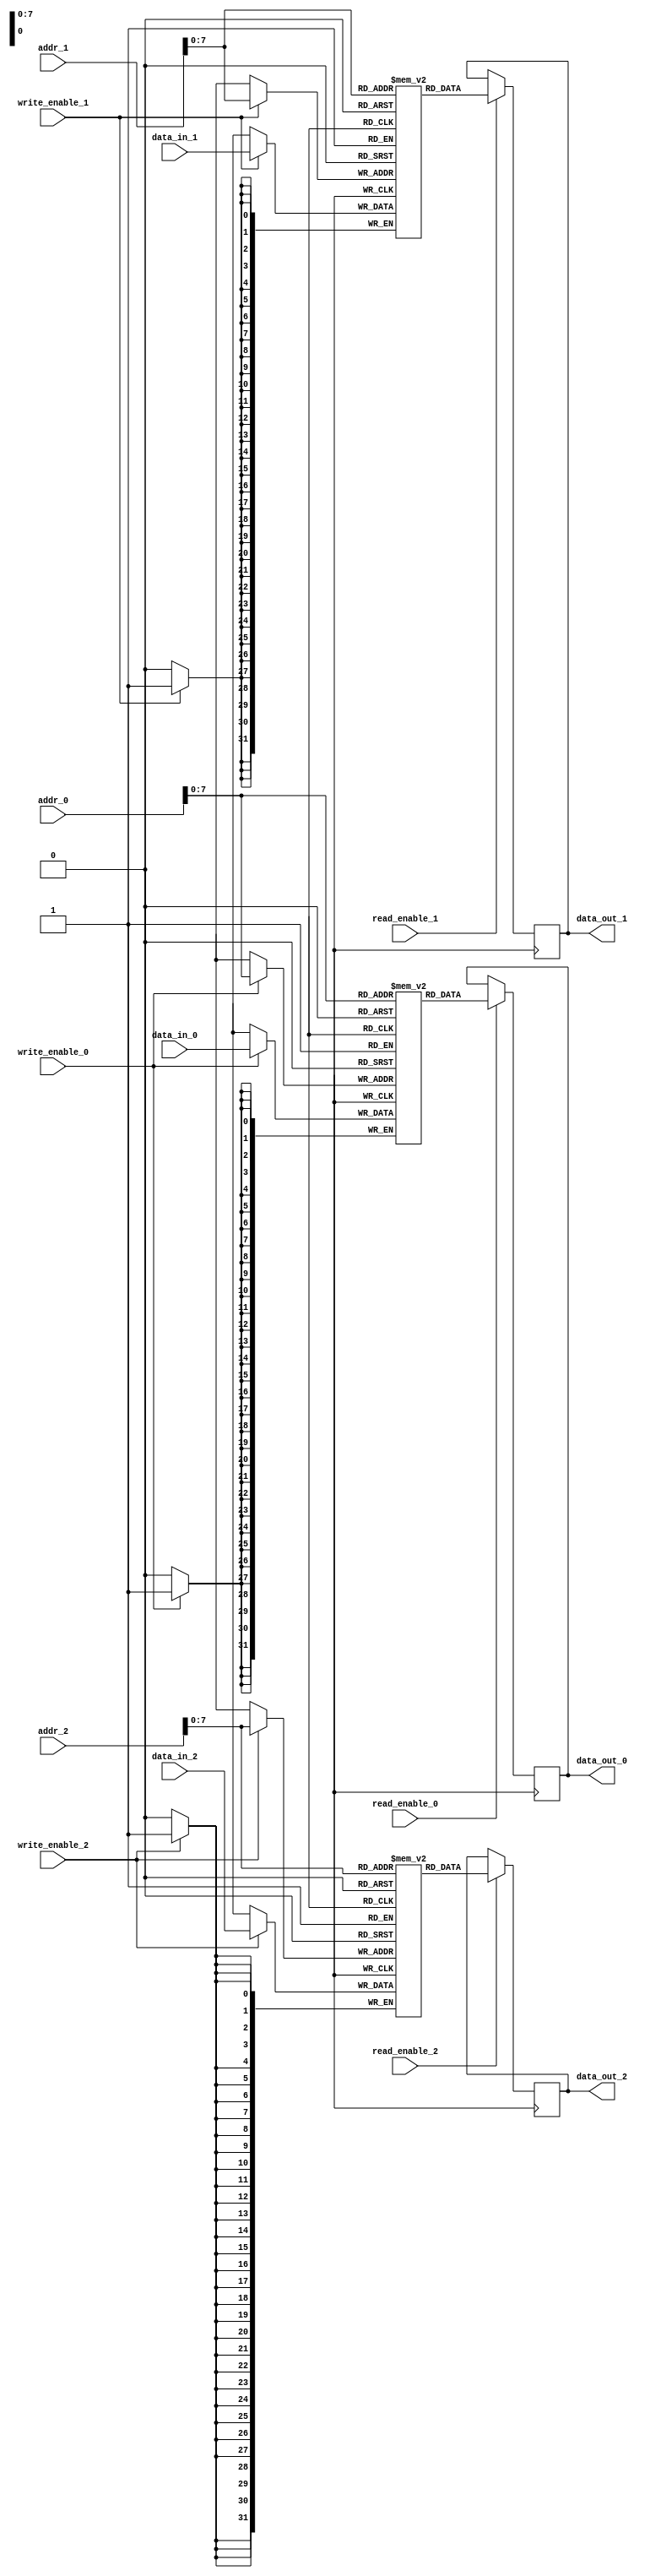
module TriplePortRegisterFile (
  input [31:0] addr_0, addr_1, addr_2,
  input [31:0] data_in_0, data_in_1, data_in_2,
  input write_enable_0, write_enable_1, write_enable_2,
  input read_enable_0, read_enable_1, read_enable_2,
  output reg [31:0] data_out_0, data_out_1, data_out_2
);

reg [31:0] mem_0 [0:255]; // Memory block 0
reg [31:0] mem_1 [0:255]; // Memory block 1
reg [31:0] mem_2 [0:255]; // Memory block 2

always @ (posedge clk) begin
  if (write_enable_0) mem_0[addr_0] <= data_in_0;
  if (write_enable_1) mem_1[addr_1] <= data_in_1;
  if (write_enable_2) mem_2[addr_2] <= data_in_2;
  
  if (read_enable_0) data_out_0 <= mem_0[addr_0];
  if (read_enable_1) data_out_1 <= mem_1[addr_1];
  if (read_enable_2) data_out_2 <= mem_2[addr_2];
end

endmodule